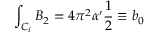
\int _ { { \cal C } _ { i } } B _ { 2 } = 4 \pi ^ { 2 } \alpha ^ { \prime } \frac { 1 } { 2 } \equiv b _ { 0 }